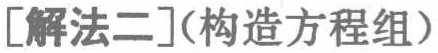
[解法二](构造方程组)